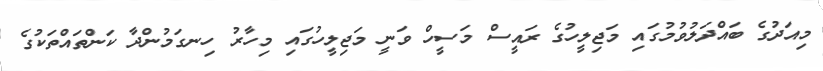
މިއަދުގެ ބައްދަލުވުމުގައި މަޖިލީހުގެ ރައީސް މަސީހް ވަނީ މަޖިލީހުގައި މިހާރު ހިނގަމުންދާ ކަންތައްތަކުގެ